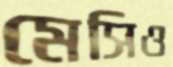
মেসিও